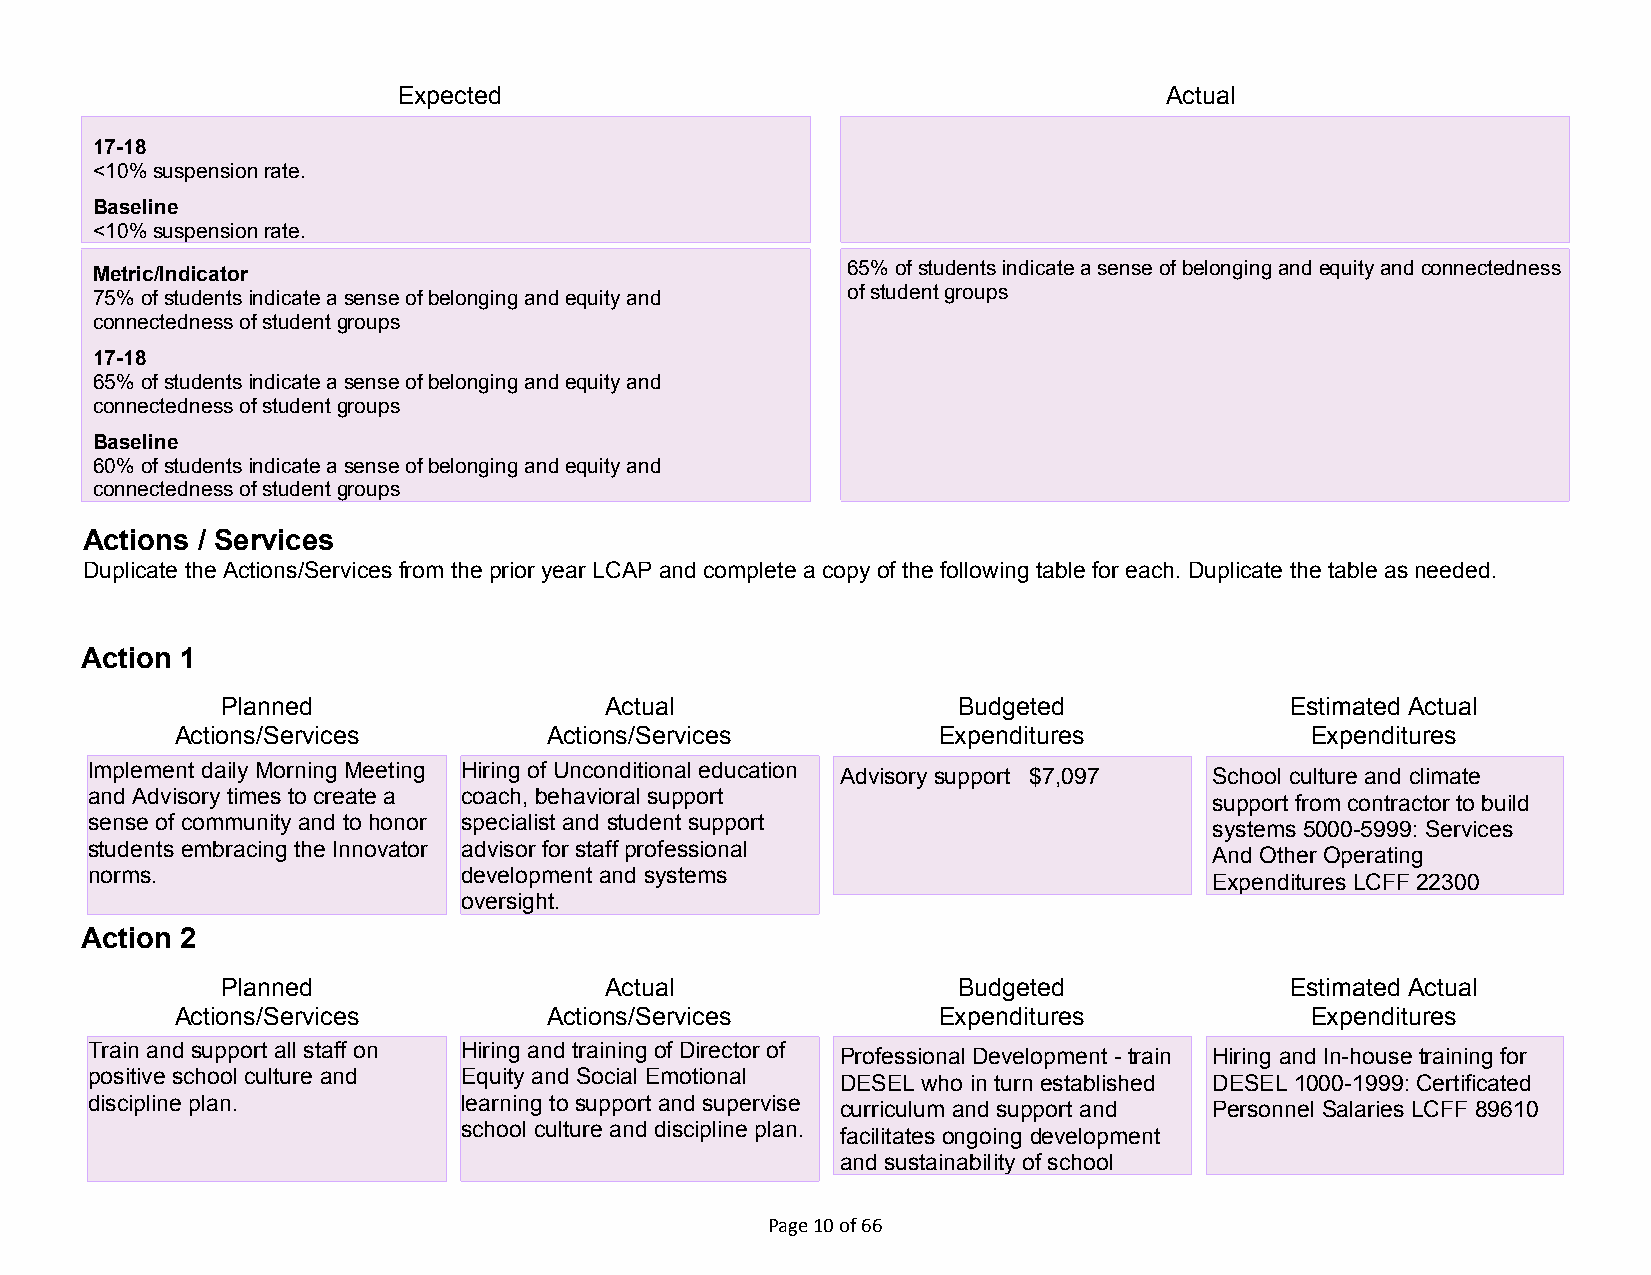
Expected                                           Actual
 17-18
 <10% suspension rate.
 Baseline
 <10% suspension rate.
 Metric/Indicator                                  65% of students indicate a sense of belonging and equity and connectedness
 75% of students indicate a sense of belonging and equity and of student groups
 connectedness of student groups
 17-18
 65% of students indicate a sense of belonging and equity and
 connectedness of student groups
 Baseline
 60% of students indicate a sense of belonging and equity and
 connectedness of student groups
 Actions / Services
 Duplicate the Actions/Services from the prior year LCAP and complete a copy of the following table for each. Duplicate the table as needed.
 startcollapse
 Action 1
 Planned                  Actual                 Budgeted              Estimated Actual
 Actions/Services        Actions/Services          Expenditures             Expenditures
 Implement daily Morning Meeting Hiring of Unconditional education
 Advisory support $7,097 School culture and climate
 and Advisory times to create a coach, behavioral support
 support from contractor to build
 sense of community and to honor specialist and student support
 systems 5000-5999: Services
 students embracing the Innovator advisor for staff professional
 And Other Operating
 norms.                   development and systems
 Expenditures LCFF 22300
 oversight.
 Action 2
 Planned                  Actual                 Budgeted              Estimated Actual
 Actions/Services        Actions/Services          Expenditures             Expenditures
 Train and support all staff on Hiring and training of Director of
 Professional Development - train Hiring and In-house training for
 positive school culture and Equity and Social Emotional
 DESEL who in turn established DESEL 1000-1999: Certificated
 discipline plan.         learning to support and supervise
 curriculum and support and Personnel Salaries LCFF 89610
 school culture and discipline plan.
 facilitates ongoing development
 and sustainability of school
 Page 10 of 66